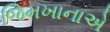
જિમખાનાએ